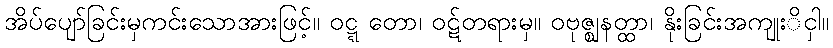
အိပ်ပျော်ခြင်းမှကင်းသောအားဖြင့်။ ဝဋ္ဋ တော၊ ဝဋ်တရားမှ။ ဝဗုဇ္ဈနတ္ထာ၊ နိုးခြင်းအကျုးိငှါ။